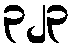
၃၂၃